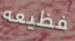
فظيعه